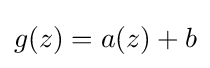
\displaystyle {g(z)=a(z)+b}